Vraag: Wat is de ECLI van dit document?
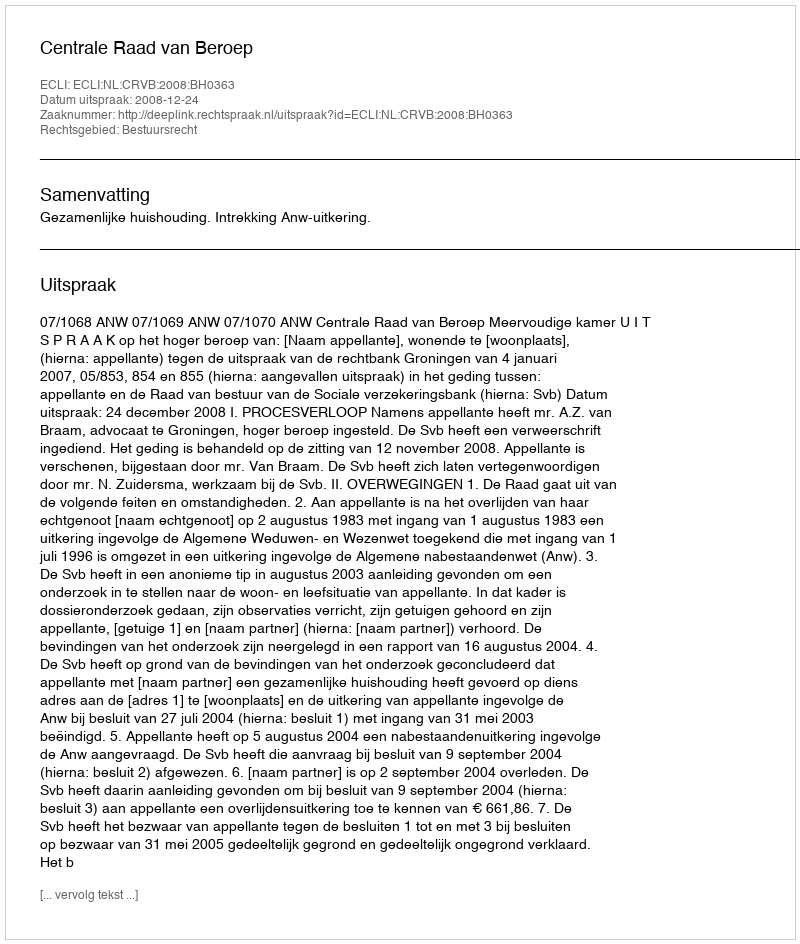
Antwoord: ECLI:NL:CRVB:2008:BH0363